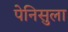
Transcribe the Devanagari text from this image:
पेनिसुला